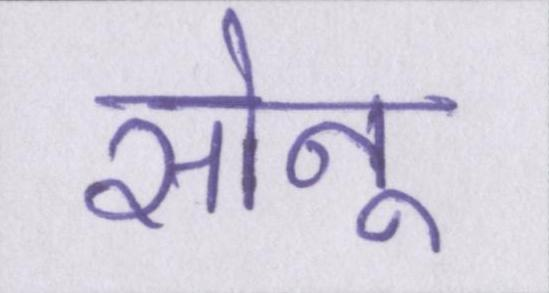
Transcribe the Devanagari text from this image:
सोनू